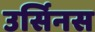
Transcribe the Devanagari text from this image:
उर्सिनस